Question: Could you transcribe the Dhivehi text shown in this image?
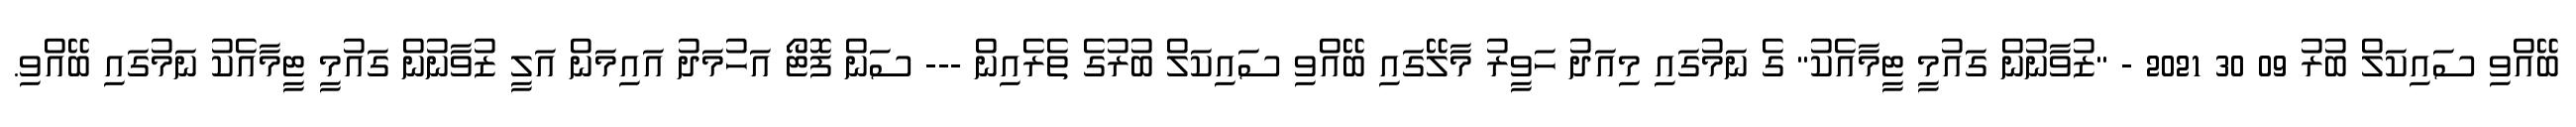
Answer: ބޭއްވި ސައިކަލް ބުރު 09 30 2021 - "ޒުވާނުން ގައުމީ ޓީމާއެކު" ގެ ނަމުގައި މިއަދު ހަވީރު މާލޭގައި ބޭއްވި ސައިކަލް ބުރުގެ ތެރެއިން --- ސަން ފޮޓޯ އަހުމަދު އައިމަން އަލީ ޒުވާނުން ގައުމީ ޓީމާއެކު ނަމުގައި ބޭއްވި.